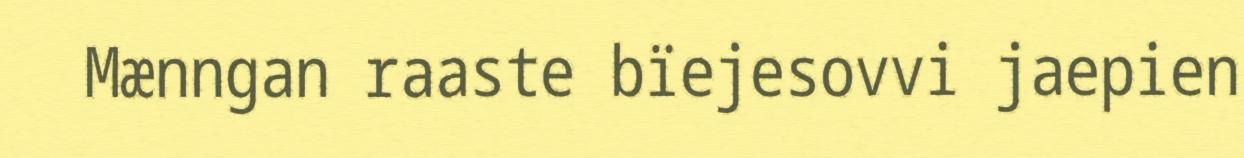
Mænngan raaste bïejesovvi jaepien